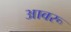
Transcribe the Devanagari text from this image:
आवरू